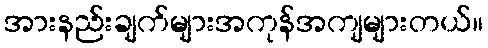
အားနည်းချက်များအကုန်အကျများတယ်။